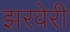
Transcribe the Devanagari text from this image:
झरवेरी